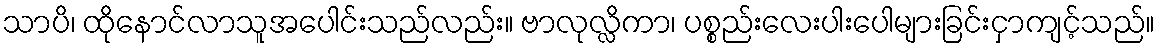
သာပိ၊ ထိုနောင်လာသူအပေါင်းသည်လည်း။ ဗာလုလ္လိကာ၊ ပစ္စည်းလေးပါးပေါများခြင်းငှာကျင့်သည်။